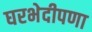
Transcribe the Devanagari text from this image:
घरभेदीपणा